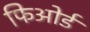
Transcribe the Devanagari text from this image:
फिओर्ड